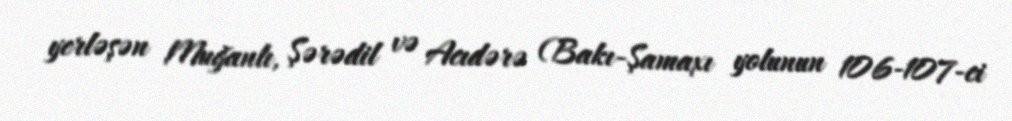
yerləşən Muğanlı, Şərədil və Acıdərə (Bakı-Şamaxı yolunun 106-107-ci